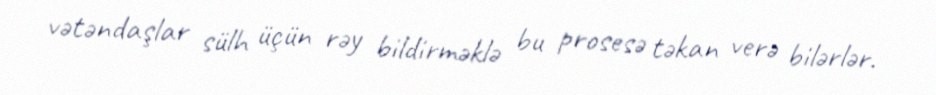
vətəndaşlar sülh üçün rəy bildirməklə bu prosesə təkan verə bilərlər.